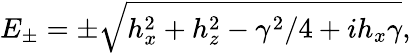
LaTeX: E_{\pm}=\pm\sqrt{h_{x}^{2}+h_{z}^{2}-\gamma^{2}/4+ih_{x}\gamma},